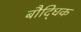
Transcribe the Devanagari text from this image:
बौदि्धक